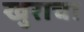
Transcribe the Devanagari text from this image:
खुराचा